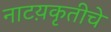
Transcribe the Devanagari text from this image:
नाटय़कृतीचे